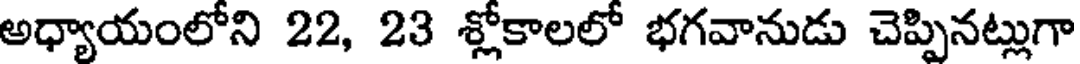
అధ్యాయంలోని 22, 23 శ్లోకాలలో భగవానుడు చెప్పినట్లుగా